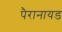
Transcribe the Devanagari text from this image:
पैरानायड